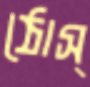
ঠোস্‌